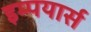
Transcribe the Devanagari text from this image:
इम्पयार्स